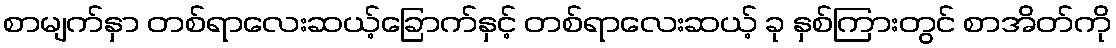
စာမျက်နှာ တစ်ရာလေးဆယ့်ခြောက်နှင့် တစ်ရာလေးဆယ့် ခု နှစ်ကြားတွင် စာအိတ်ကို